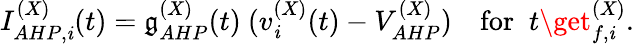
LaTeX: I_{AHP,\mathit{i}}^{(X)}(t)=\mathfrak{g}_{AHP}^{(X)}(t)~(v_{\mathit{i}}^{(X)}(t)-V_{AHP}^{(X)})~~~\mathrm{{~for~}}\; t\get_{f,\mathit{i}}^{(X)}.